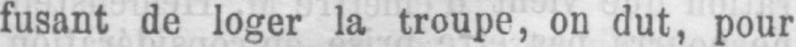
fusant de loger la troupe, on dut, pour